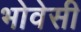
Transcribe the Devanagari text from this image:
भोवेसी